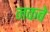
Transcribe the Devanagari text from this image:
नकबे